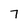
Character: 7